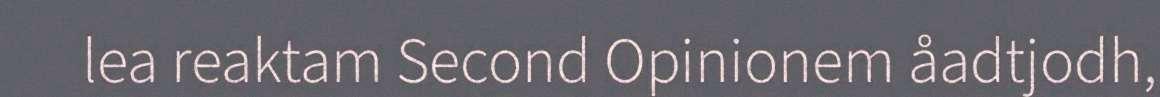
lea reaktam Second Opinionem åadtjodh,